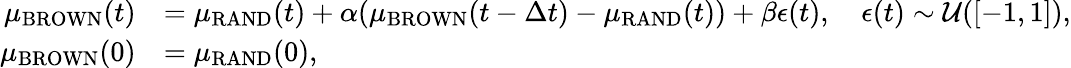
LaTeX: \begin{array}{rl}{\mu_{\mathrm{BROWN}}(t)}&{=\mu_{\mathrm{RAND}}(t)+\alpha(\mu_{\mathrm{BROWN}}(t-\Delta t)-\mu_{\mathrm{RAND}}(t))+\beta\epsilon(t),\quad\epsilon(t)\sim\mathcal{U}([-1,1]),}\\ {\mu_{\mathrm{BROWN}}(0)}&{=\mu_{\mathrm{RAND}}(0),}\end{array}